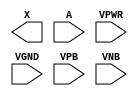
module sky130_fd_sc_hdll__clkbuf (
    X   ,
    A   ,
    VPWR,
    VGND,
    VPB ,
    VNB
);

    output X   ;
    input  A   ;
    input  VPWR;
    input  VGND;
    input  VPB ;
    input  VNB ;
endmodule